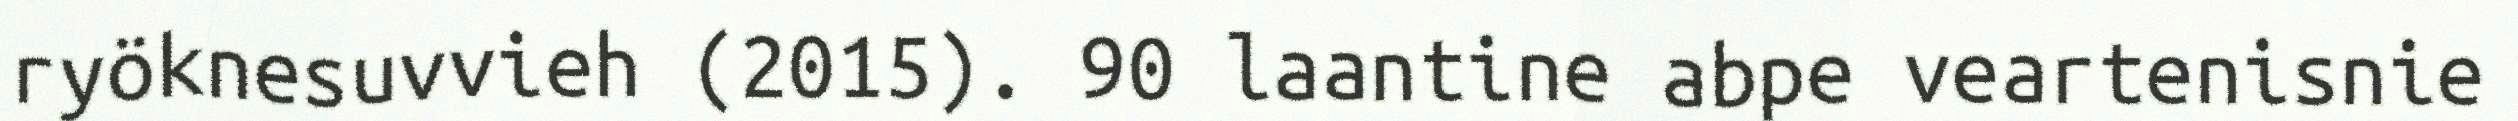
ryöknesuvvieh (2015). 90 laantine abpe veartenisnie